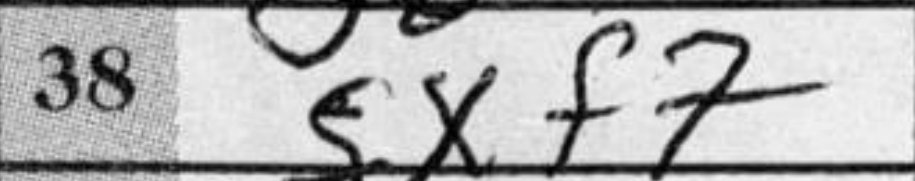
Transcription: gxf7